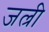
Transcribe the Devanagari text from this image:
जल्री